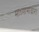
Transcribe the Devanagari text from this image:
माध्यामांद्वारा